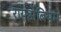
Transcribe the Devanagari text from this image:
रायझेबियम